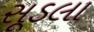
સૂડલા